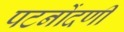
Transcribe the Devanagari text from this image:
पटनोंदणी